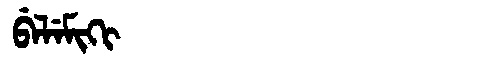
Manchu: ᠪᡝᠯᡝᠮᡳᡴᡳ
Romanization: BELEMIKI